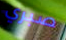
صبري